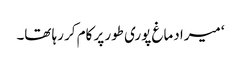
‘ میرا دماغ پوری طور پر کام کر رہا تھا۔